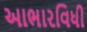
આભારવિધી